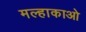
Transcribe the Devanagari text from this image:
मल्हाकाओ